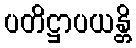
ပတိဋ္ဌာပယန္တိ